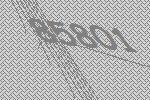
85801